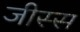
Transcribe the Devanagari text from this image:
जीस्स